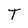
Character: T